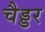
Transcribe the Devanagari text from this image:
चैड्डर